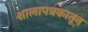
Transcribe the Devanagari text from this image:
शालापत्रकातून